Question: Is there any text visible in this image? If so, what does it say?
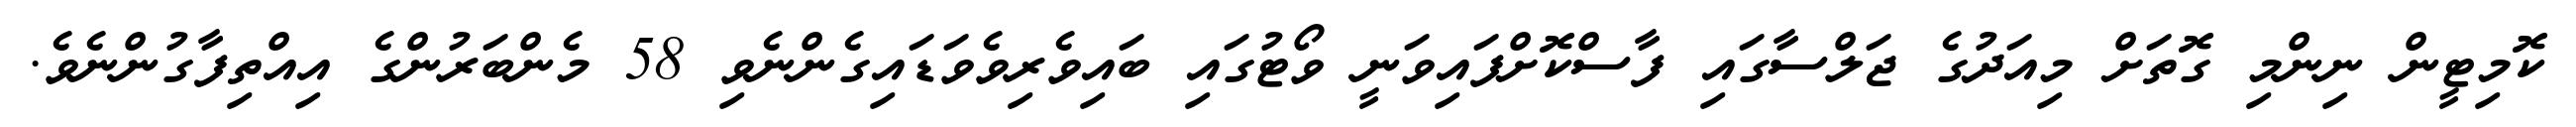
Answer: ކޮމިޓީން ނިންމި ގޮތަށް މިއަދުގެ ޖަލްސާގައި ފާސްކޮށްފައިވަނީ ވޯޓުގައި ބައިވެރިވެވަޑައިގެންނެވި 58 މެންބަރުންގެ އިއްތިފާގުންނެވެ.